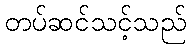
တပ်ဆင်သင့်သည်